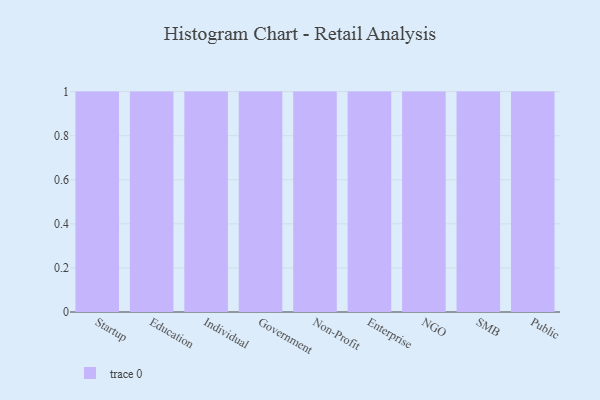
{"axis": {"x": "Segment", "y": "Conversion Rate (%)"}, "legend": [""], "data": [{"x": "Startup", "y": 77, "type": ""}, {"x": "Education", "y": 66, "type": ""}, {"x": "Individual", "y": 22, "type": ""}, {"x": "Government", "y": 23, "type": ""}, {"x": "Non-Profit", "y": 52, "type": ""}, {"x": "Enterprise", "y": 14, "type": ""}, {"x": "NGO", "y": 44, "type": ""}, {"x": "SMB", "y": 58, "type": ""}, {"x": "Public", "y": 50, "type": ""}]}